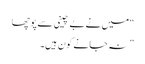
“ میں نے بے چینی سے پوچھا
” نہ جانے کون ہیں۔